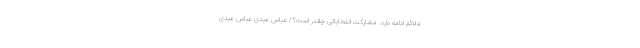
علائم ادامه دارد. مشارکت انتخاباتی چقدر است؟/ عباس عبدی عباس عبدی